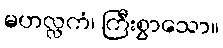
မဟလ္လကံ၊ ကြီးစွာသော။